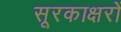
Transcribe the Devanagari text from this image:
सूरकाक्षरों